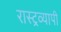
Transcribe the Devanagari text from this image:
रास्ट्रव्यापी